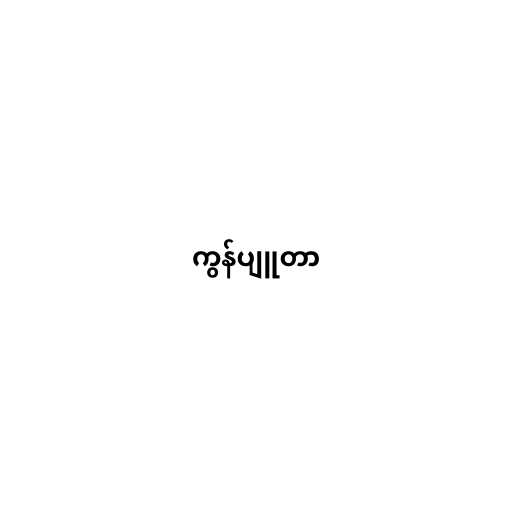
ကွန်ပျူတာ